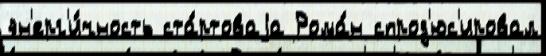
эн'ерг'и́чность ста́ртоваjа Рома́н спрод'юс'ировал